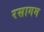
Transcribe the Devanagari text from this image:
रसागम